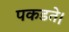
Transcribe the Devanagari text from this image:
पकडते।